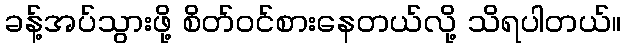
ခန့်အပ်သွားဖို့ စိတ်ဝင်စားနေတယ်လို့ သိရပါတယ်။